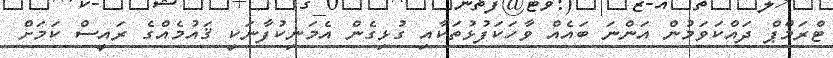
ޓްރަމްޕް ދައްކަވަމުން އަންނަ ބައެއް ވާހަކަފުޅުތަކާއި ގުޅިގެން އެމަނިކުފާނަކީ ޤައުމެއްގެ ރައީސް ކަމަށް